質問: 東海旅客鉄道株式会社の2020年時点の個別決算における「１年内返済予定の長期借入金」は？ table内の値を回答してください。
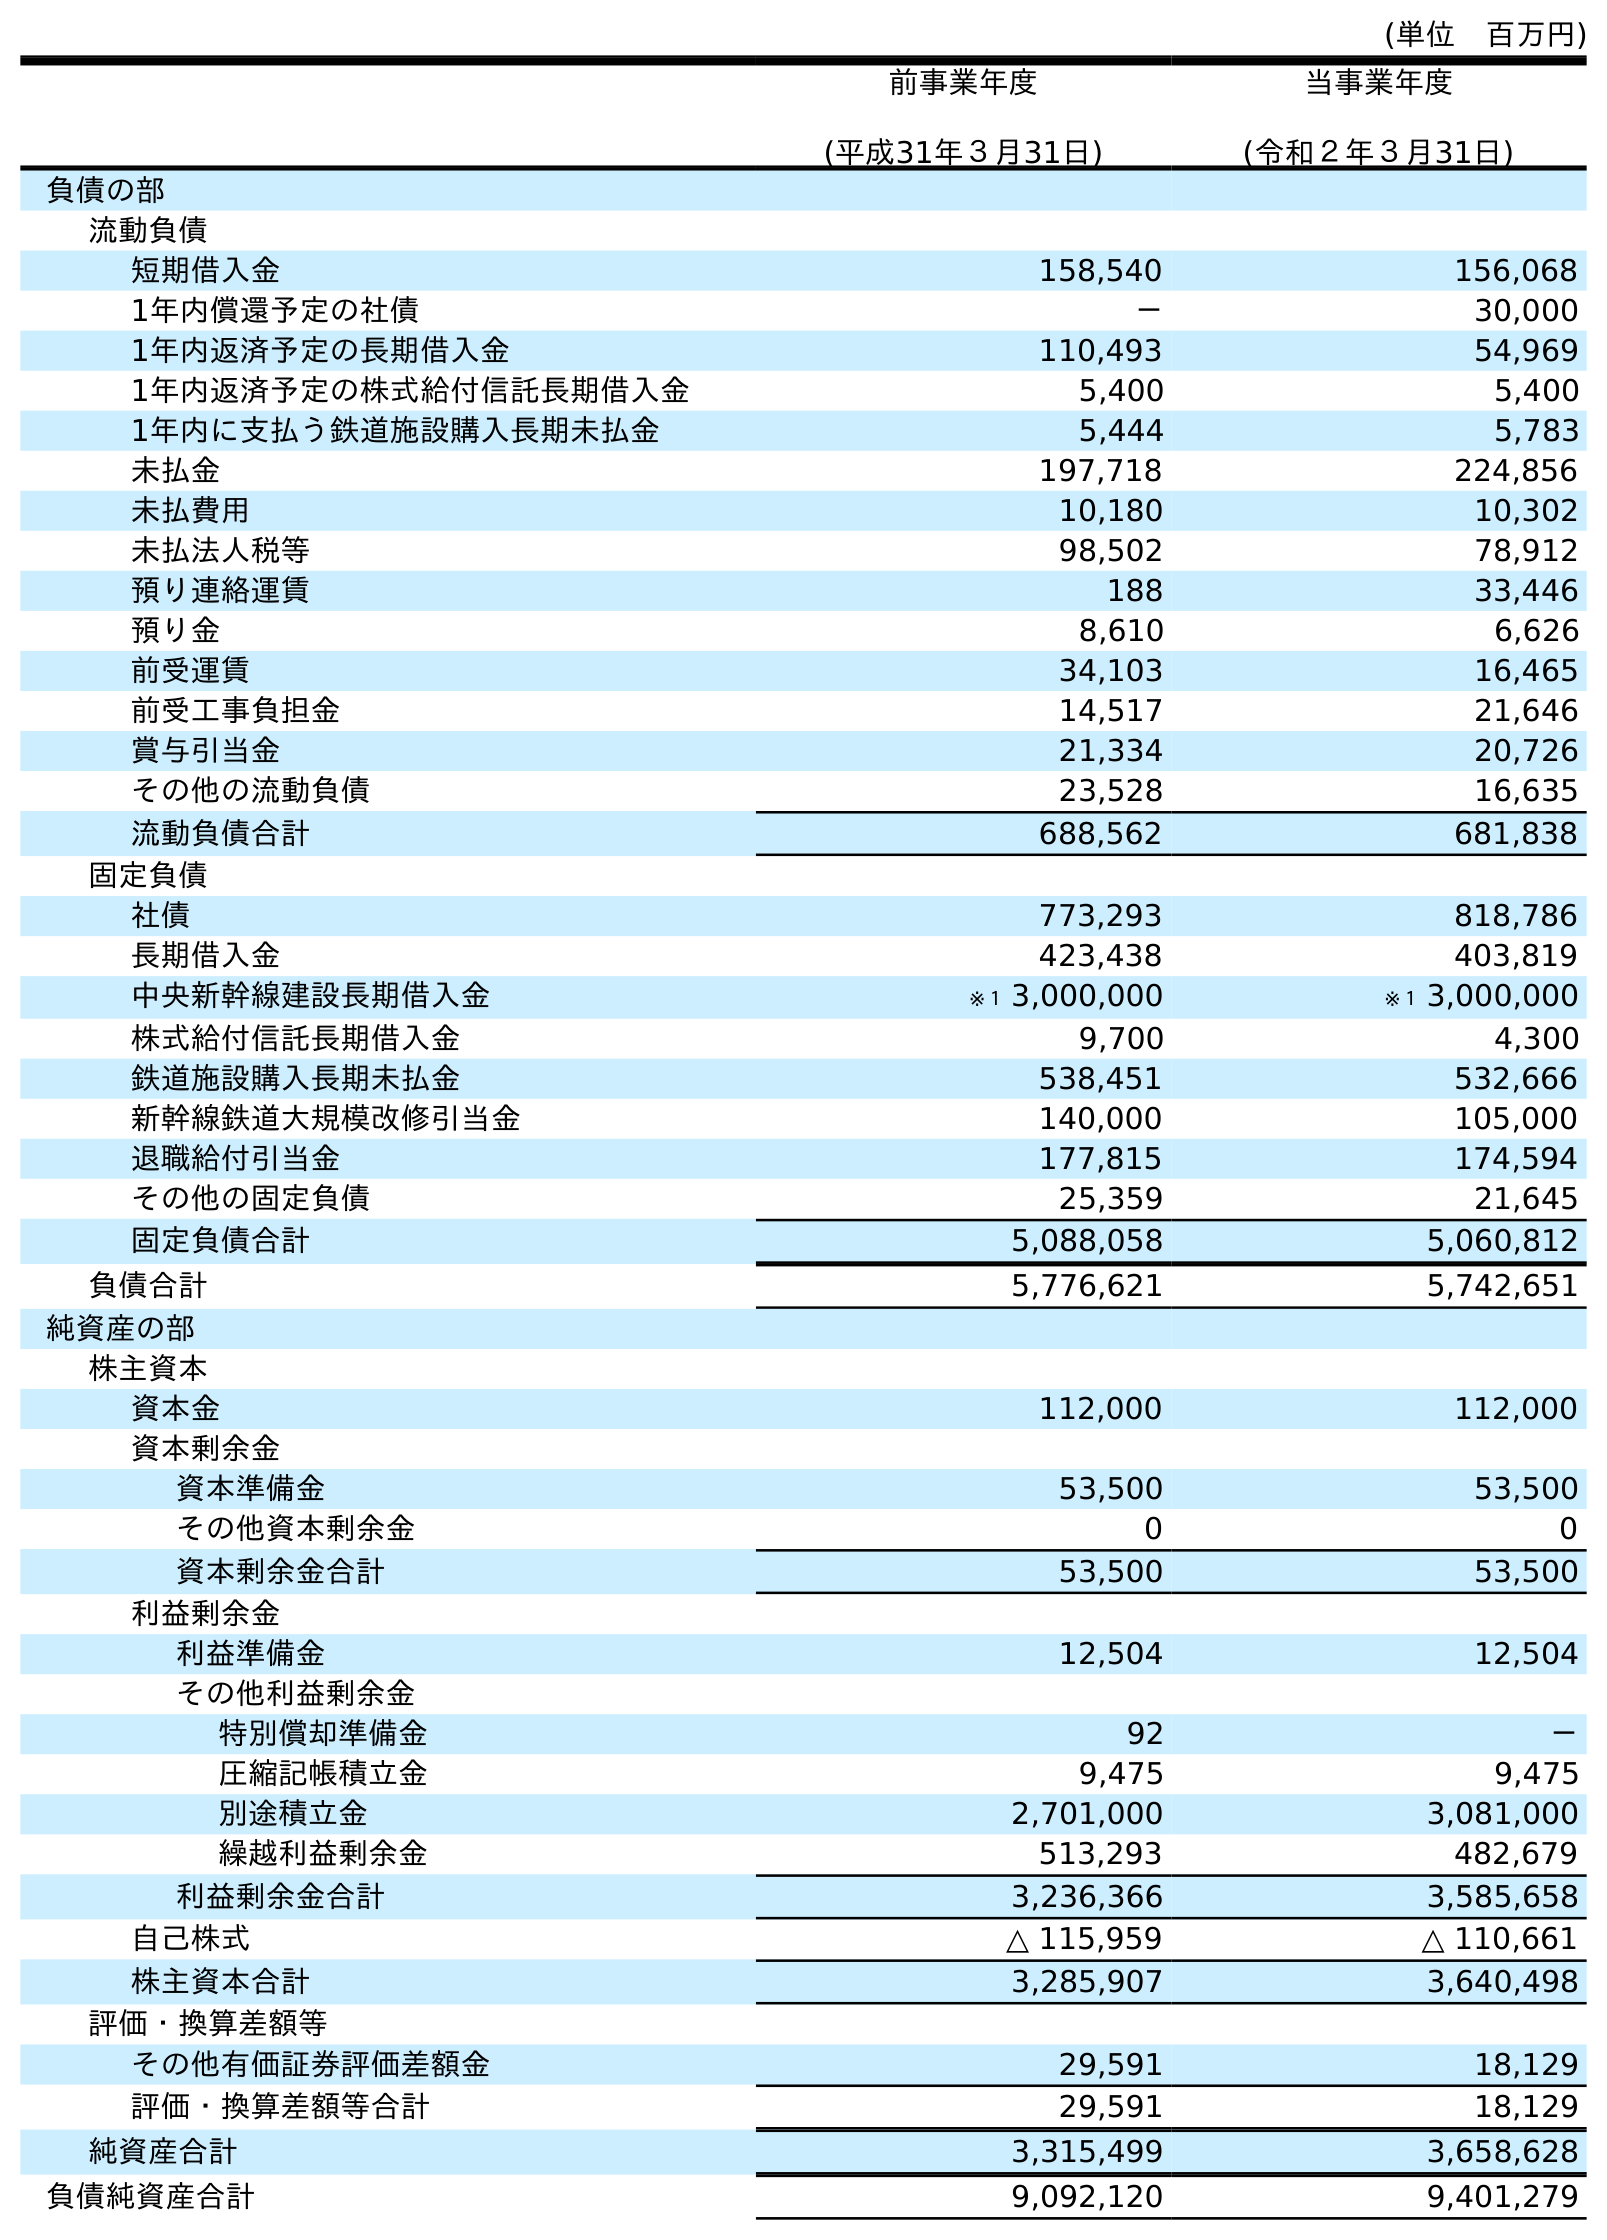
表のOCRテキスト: (単位 百万円) 前事業年度 (平成31年３月31日) 当事業年度 (令和２年３月31日) 負債の部 流動負債 短期借入金 158,540 156,068 1年内償還予定の社債 － 30,000 1年内返済予定の長期借入金 110,493 54,969 1年内返済予定の株式給付信託長期借入金 5,400 5,400 1年内に支払う鉄道施設購入長期未払金 5,444 5,783 未払金 197,718 224,856 未払費用 10,180 10,302 未払法人税等 98,502 78,912 預り連絡運賃 188 33,446 預り金 8,610 6,626 前受運賃 34,103 16,465 前受工事負担金 14,517 21,646 賞与引当金 21,334 20,726 その他の流動負債 23,528 16,635 流動負債合計 688,562 681,838 固定負債 社債 773,293 818,786 長期借入金 423,438 403,819 中央新幹線建設長期借入金 ※１ 3,000,000 ※１ 3,000,000 株式給付信託長期借入金 9,700 4,300 鉄道施設購入長期未払金 538,451 532,666 新幹線鉄道大規模改修引当金 140,000 105,000 退職給付引当金 177,815 174,594 その他の固定負債 25,359 21,645 固定負債合計 5,088,058 5,060,812 負債合計 5,776,621 5,742,651 純資産の部 株主資本 資本金 112,000 112,000 資本剰余金 資本準備金 53,500 53,500 その他資本剰余金 0 0 資本剰余金合計 53,500 53,500 利益剰余金 利益準備金 12,504 12,504 その他利益剰余金 特別償却準備金 92 － 圧縮記帳積立金 9,475 9,475 別途積立金 2,701,000 3,081,000 繰越利益剰余金 513,293 482,679 利益剰余金合計 3,236,366 3,585,658 自己株式 △ 115,959 △ 110,661 株主資本合計 3,285,907 3,640,498 評価・換算差額等 その他有価証券評価差額金 29,591 18,129 評価・換算差額等合計 29,591 18,129 純資産合計 3,315,499 3,658,628 負債純資産合計 9,092,120 9,401,279
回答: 54,969